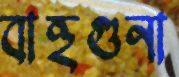
বাহুগুনা